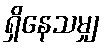
ရှိနေသမျှ